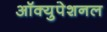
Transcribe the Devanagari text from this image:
ऑक्युपेशनल